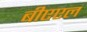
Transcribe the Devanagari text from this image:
बीएएल